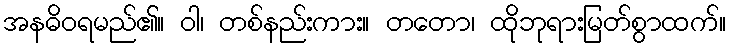
အနဓိဝရမည်၏။ ဝါ၊ တစ်နည်းကား။ တတော၊ ထိုဘုရားမြတ်စွာထက်။